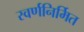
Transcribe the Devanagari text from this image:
स्वर्णनिर्मित